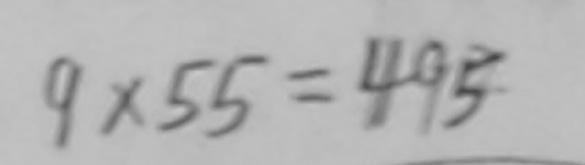
9 \times 5 5 = 4 9 5